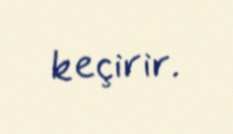
keçirir.